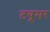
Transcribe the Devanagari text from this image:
टयूमर